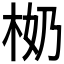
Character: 𣐨